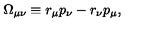
\Omega _ { \mu \nu } \equiv r _ { \mu } p _ { \nu } - r _ { \nu } p _ { \mu } ,